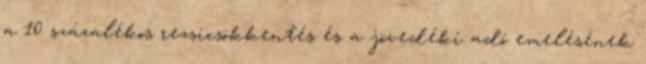
a 10 százalékos rezsicsökkentés és a jövedéki adó emelésének